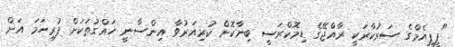
"ޕީޕީއެމްގެ ސަރުކާރަކީ ރާއްޖޭގެ ޑިމޮކްރަސީ ބިނާކޮށް ކުރިއަރުވާ އިންސާނީ ހައްގުތަކަށް ފުރިހަމަ އަށް